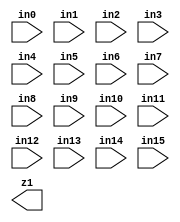

//create an adder tree which adds together 16 numbers of width 32 bits
module adder_tree16_32
(
    input [27 : 0] in0,
    input [27 : 0] in1,
    input [27 : 0] in2,
    input [27 : 0] in3,
    input [27 : 0] in4,
    input [27 : 0] in5,
    input [27 : 0] in6,
    input [27 : 0] in7,
    input [27 : 0] in8,
    input [27 : 0] in9,
    input [27 : 0] in10,
    input [27 : 0] in11,
    input [27 : 0] in12,
    input [27 : 0] in13,
    input [27 : 0] in14,
    input [27 : 0] in15,
        
    output [31 : 0] z1
);


wire [28:0] L1_sum0, L1_sum1, L1_sum2, L1_sum3, L1_sum4, L1_sum5, L1_sum6, L1_sum7;
wire [29:0] L2_sum0, L2_sum1, L2_sum2, L2_sum3;
wire [30:0] L3_sum0, L3_sum1;
wire [31:0] L4_sum0;

//layer 1 of adders
assign L1_sum0 = in0 + in1;
assign L1_sum1 = in2 + in3;
assign L1_sum2 = in4 + in5;
assign L1_sum3 = in6 + in7;
assign L1_sum4 = in8 + in9;
assign L1_sum5 = in10 + in11;
assign L1_sum6 = in12 + in13;
assign L1_sum7 = in14 + in15;

//layer 2 of adders
assign L2_sum0 = L1_sum0 + L1_sum1;
assign L2_sum1 = L1_sum2 + L1_sum3;
assign L2_sum2 = L1_sum4 + L1_sum5;
assign L2_sum3 = L1_sum6 + L1_sum7;

//layer 3 of adders
assign L3_sum0 = L2_sum0 + L2_sum1;
assign L3_sum1 = L2_sum2 + L2_sum3;

//layer 4 of adders
assign L4_sum0 = L3_sum0 + L3_sum1;

assign z = L4_sum0;

endmodule